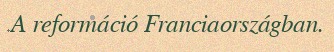
A reformáció Franciaországban.